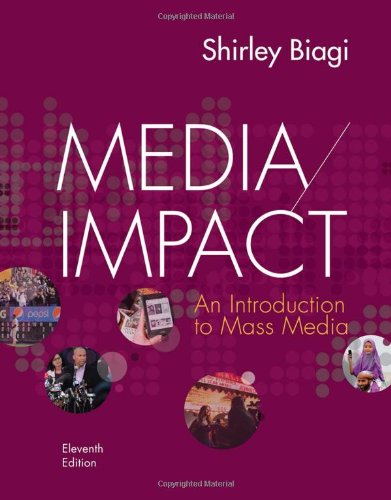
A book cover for Media/Impact: An Introduction to Mass Media; Shirley Biagi; Business & Money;